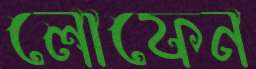
লোফেন